Vaccination in Bombay 1856-1862 - 1856-1862
Year: 1856
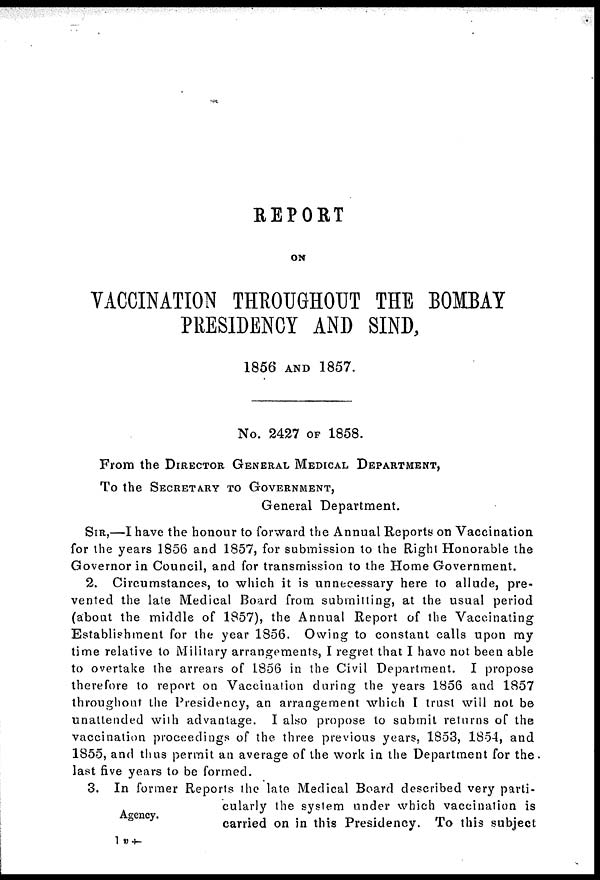
REPORT
ON
VACCINATION THROUGHOUT THE BOMBAY
PRESIDENCY AND SIND,
1856 AND 1857.
No. 2427 OF 1858.
From the DIRECTOR GENERAL MEDICAL DEPARTMENT,
To the SECRETARY TO GOVERNMENT,
General Department.
SIR,—I have the honour to forward the Annual Reports on Vaccination
for the years 1856 and 1857, for submission to the Right Honorable the
Governor in Council, and for transmission to the Home Government.
2. Circumstances, to which it is unnecessary here to allude, pre-
vented the late Medical Board from submitting, at the usual period
(about the middle of 1857), the Annual Report of the Vaccinating
Establishment for the year 1856. Owing to constant calls upon my
time relative to Military arrangements, I regret that I have not been able
to overtake the arrears of 1856 in the Civil Department. I propose
therefore to report on Vaccination during the years 1856 and 1857
throughout the Presidency, an arrangement which I trust will not be
unattended with advantage. I also propose to submit returns of the
vaccination proceedings of the three previous years, 1853, 1854, and
1855, and thus permit an average of the work in the Department for the
last five years to be formed.
Agency.
3. In former Reports the late Medical Board described very parti-
cularly the system under which vaccination is
carried on in this Presidency. To this subject
1 v
†